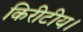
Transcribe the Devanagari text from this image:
किरीटीय।